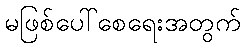
မဖြစ်ပေါ်စေရေးအတွက်